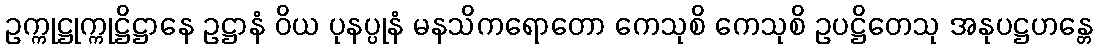
ဥက္ကုဋ္ဌုက္ကုဋ္ဌိဋ္ဌာနေ ဥဋ္ဌာနံ ဝိယ ပုနပ္ပုနံ မနသိကရောတော ကေသုစိ ကေသုစိ ဥပဋ္ဌိတေသု အနုပဋ္ဌဟန္တေ